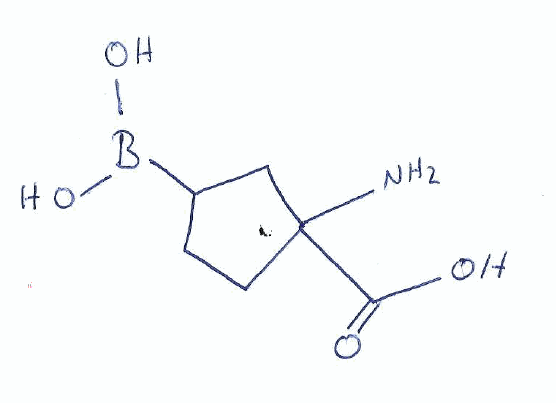
Simplified molecular-input line-entry system (SMILES) notation of the given molecule:
B(C1CCC(C1)(C(=O)O)N)(O)O